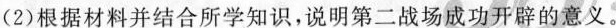
(2)根据材料并结合所学知识，说明第二战场成功开辟的意义。